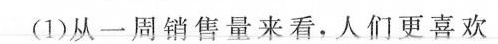
(1)从一周销售量来看，人们更喜欢